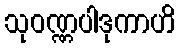
သုဝဏ္ဏပါဒုကာဟိ